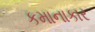
કમાનાકાર